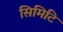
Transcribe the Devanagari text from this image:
सिमिटि